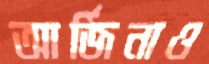
আর্জিনাও